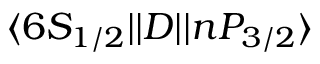
\ensuremath { \langle 6 S _ { 1 / 2 } | | } D \ensuremath { | | n P _ { 3 / 2 } \rangle }